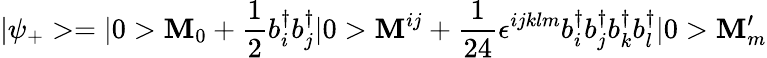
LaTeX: |\psi_{+}>=|0>\mathbf{M}_{0}+\frac{{1}}{{2}}b_{i}^{\dagger}b_{j}^{\dagger}|0>\mathbf{M}^{ij}+\frac{{1}}{{24}}\epsilon^{ijklm}b_{i}^{\dagger}b_{j}^{\dagger}b_{k}^{\dagger}b_{l}^{\dagger}|0>\mathbf{M}_{m}^{\prime}